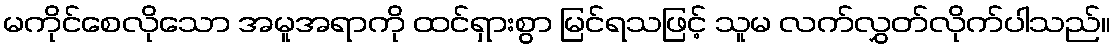
မကိုင်စေလိုသော အမူအရာကို ထင်ရှားစွာ မြင်ရသဖြင့် သူမ လက်လွှတ်လိုက်ပါသည်။